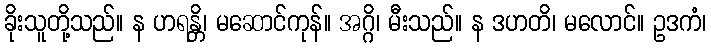
ခိုးသူတို့သည်။ န ဟရန္တိ၊ မဆောင်ကုန်။ အဂ္ဂိ၊ မီးသည်။ န ဒဟတိ၊ မလောင်။ ဥဒကံ၊